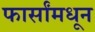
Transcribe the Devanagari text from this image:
फार्सांमधून